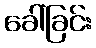
ခေါ်ခြင်း